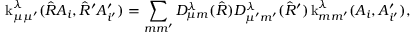
\operatorname { k } _ { \mu \mu ^ { \prime } } ^ { \lambda } ( \hat { R } A _ { i } , \hat { R } ^ { \prime } A _ { i ^ { \prime } } ^ { \prime } ) = \sum _ { m m ^ { \prime } } D _ { \mu m } ^ { \lambda } ( \hat { R } ) D _ { \mu ^ { \prime } m ^ { \prime } } ^ { \lambda } ( \hat { R } ^ { \prime } ) \operatorname { k } _ { m m ^ { \prime } } ^ { \lambda } ( A _ { i } , A _ { i ^ { \prime } } ^ { \prime } ) ,